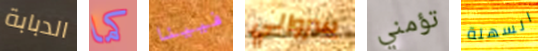
الدبابة كما فيينا سروالي تؤمني السهلة